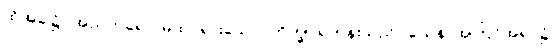
ထိုအခါ၌။ အညတရော၊ မထင်ရှားသော။ ဘိက္ခု၊ ရဟန်းသည်။ ယေန၊ အကြင်အရပ်၌။